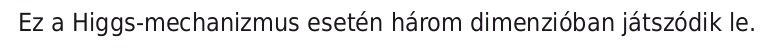
Ez a Higgs-mechanizmus esetén három dimenzióban játszódik le.